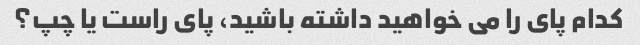
کدام پای را می خواهید داشته باشید، پای راست یا چپ؟